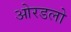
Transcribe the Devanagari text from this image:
ओरडलो